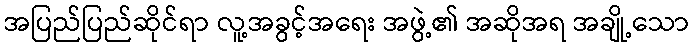
အပြည်ပြည်ဆိုင်ရာ လူ့အခွင့်အရေး အဖွဲ့၏ အဆိုအရ အချို့သော